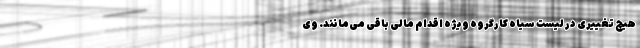
هیچ تغییری در لیست سیاه کارگروه ویژه اقدام مالی باقی می‌مانند. وی